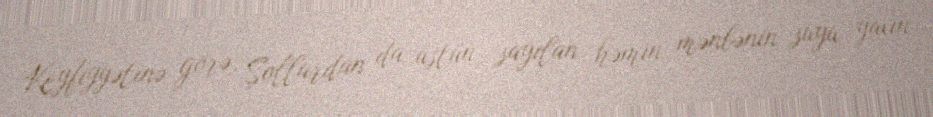
Keyfiyyətinə görə, Şollardan da üstün sayılan həmin mənbənin suyu yaxın